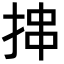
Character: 𪭶